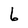
Character: 6